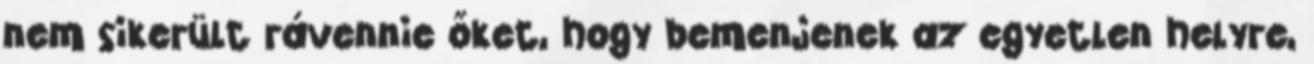
nem sikerült rávennie őket, hogy bemenjenek az egyetlen helyre,